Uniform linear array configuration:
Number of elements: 8
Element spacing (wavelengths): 0.75
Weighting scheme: hann
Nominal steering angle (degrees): -15
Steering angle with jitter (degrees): -15.848
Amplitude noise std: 0.05
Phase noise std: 0.05

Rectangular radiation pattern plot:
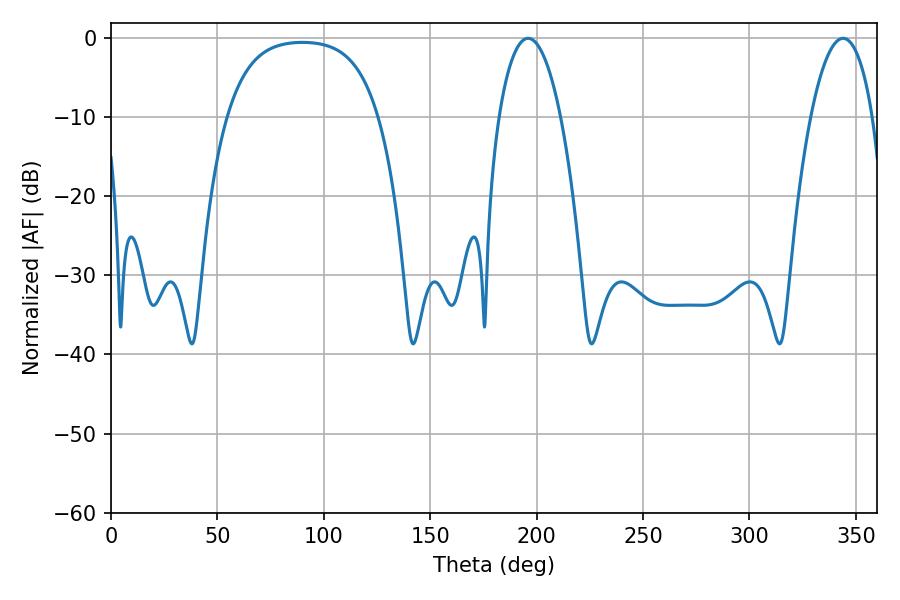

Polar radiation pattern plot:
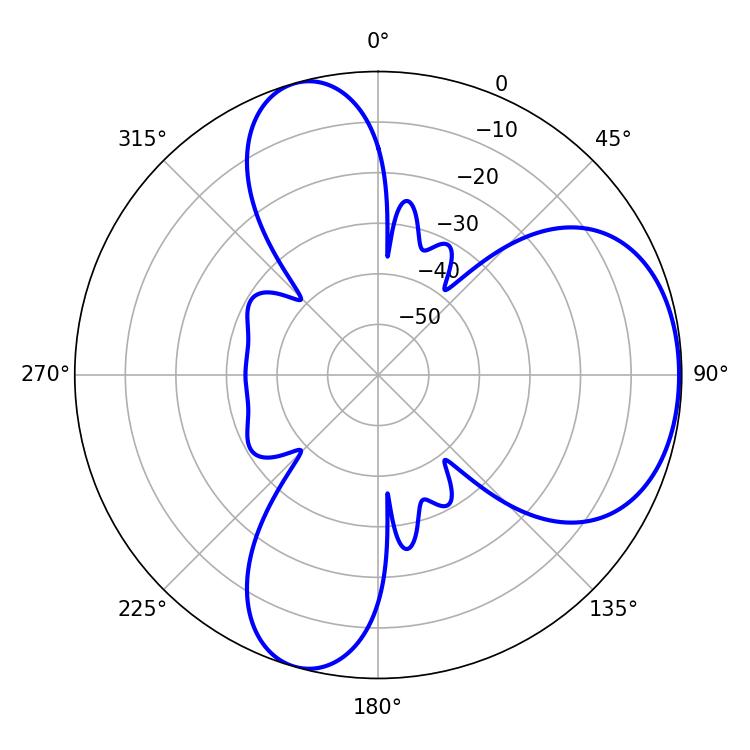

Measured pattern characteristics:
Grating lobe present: TRUE
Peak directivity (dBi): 5.581
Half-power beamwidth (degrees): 16.2
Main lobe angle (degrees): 196.02